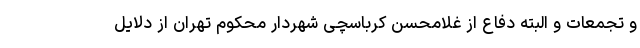
و تجمعات و البته دفاع از غلامحسن کرباسچی شهردار محکوم تهران از دلایل